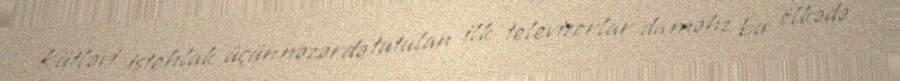
Kütləvi istehlak üçün nəzərdə tutulan ilk televizorlar da məhz bu ölkədə